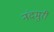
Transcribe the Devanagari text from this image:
नंदमुरी